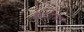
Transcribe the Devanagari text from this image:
कायमचं